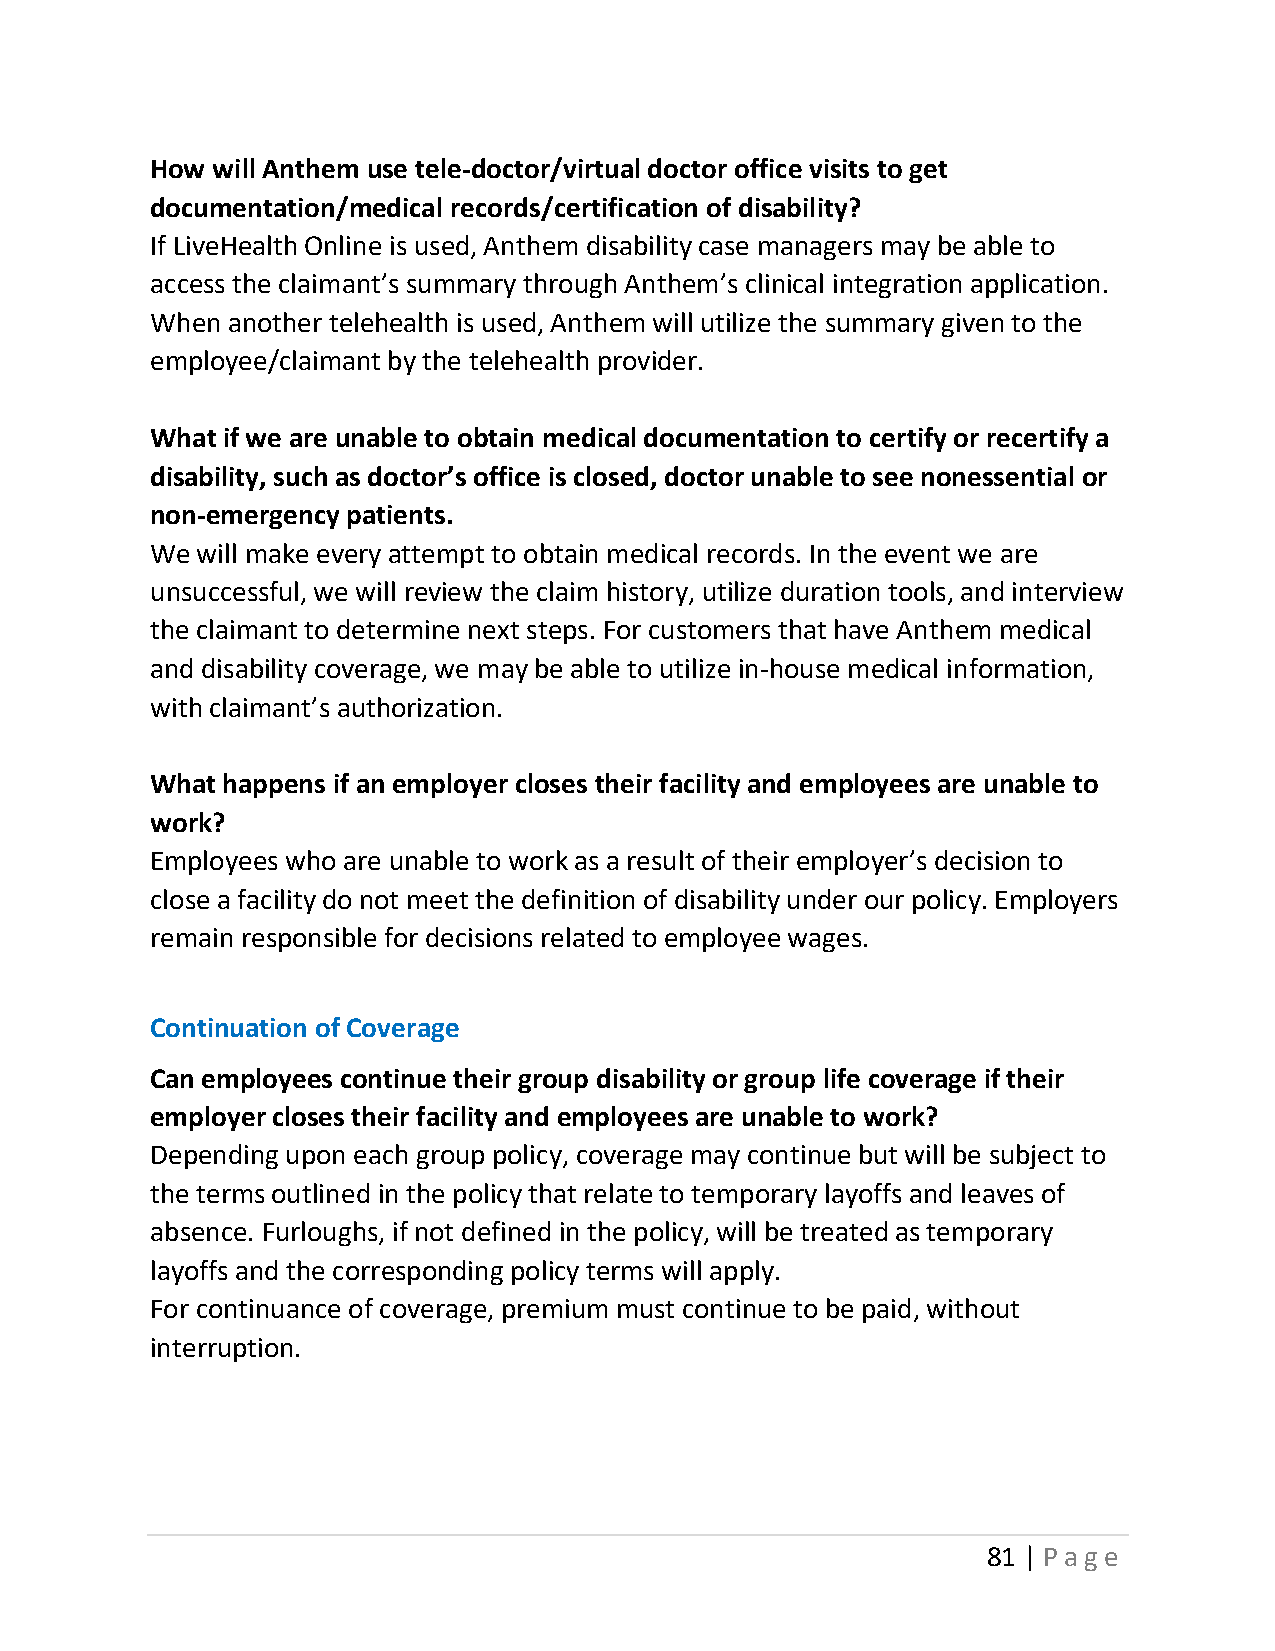
How will Anthem use tele-doctor/virtual doctor office visits to get
 documentation/medical records/certification of disability?
 If LiveHealth Online is used, Anthem disability case managers may be able to
 access the claimant’s summary through Anthem’s clinical integration application.
 When another telehealth is used, Anthem will utilize the summary given to the
 employee/claimant by the telehealth provider.
 What if we are unable to obtain medical documentation to certify or recertify a
 disability, such as doctor’s office is closed, doctor unable to see nonessential or
 non-emergency patients.
 We will make every attempt to obtain medical records. In the event we are
 unsuccessful, we will review the claim history, utilize duration tools, and interview
 the claimant to determine next steps. For customers that have Anthem medical
 and disability coverage, we may be able to utilize in-house medical information,
 with claimant’s authorization.
 What happens if an employer closes their facility and employees are unable to
 work?
 Employees who are unable to work as a result of their employer’s decision to
 close a facility do not meet the definition of disability under our policy. Employers
 remain responsible for decisions related to employee wages.
 Continuation of Coverage
 Can employees continue their group disability or group life coverage if their
 employer closes their facility and employees are unable to work?
 Depending upon each group policy, coverage may continue but will be subject to
 the terms outlined in the policy that relate to temporary layoffs and leaves of
 absence. Furloughs, if not defined in the policy, will be treated as temporary
 layoffs and the corresponding policy terms will apply.
 For continuance of coverage, premium must continue to be paid, without
 interruption.
 81 | Page